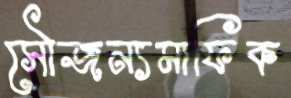
সৌজন্যমাফিক